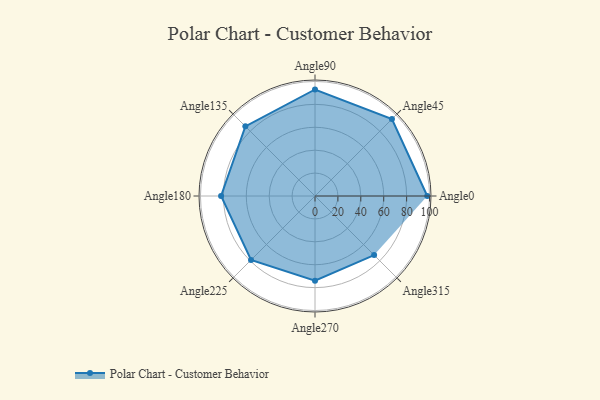
{"axis": {"x": "Angle", "y": "Radius"}, "legend": [""], "data": [{"x": "Angle0", "y": 98.0, "type": ""}, {"x": "Angle45", "y": 95.0, "type": ""}, {"x": "Angle90", "y": 93.0, "type": ""}, {"x": "Angle135", "y": 86.0, "type": ""}, {"x": "Angle180", "y": 82.0, "type": ""}, {"x": "Angle225", "y": 79.0, "type": ""}, {"x": "Angle270", "y": 74.0, "type": ""}, {"x": "Angle315", "y": 73.0, "type": ""}]}